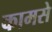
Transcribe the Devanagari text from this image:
कामसे